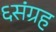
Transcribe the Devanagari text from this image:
६संग्रह